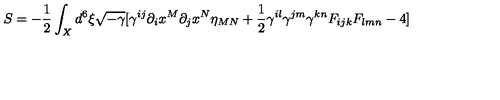
S = - \frac { 1 } { 2 } \int _ { X } d ^ { 6 } \xi \sqrt { - \gamma } [ \gamma ^ { i j } \partial _ { i } x ^ { M } \partial _ { j } x ^ { N } \eta _ { M N } + \frac { 1 } { 2 } \gamma ^ { i l } \gamma ^ { j m } \gamma ^ { k n } F _ { i j k } F _ { l m n } - 4 ]